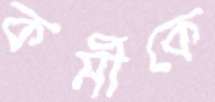
কর্মীকে